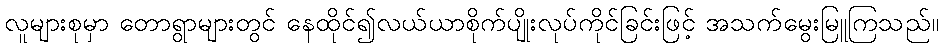
လူများစုမှာ တောရွာများတွင် နေထိုင်၍လယ်ယာစိုက်ပျိုးလုပ်ကိုင်ခြင်းဖြင့် အသက်မွေးမြူကြသည်။